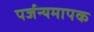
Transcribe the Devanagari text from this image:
पर्जन्यमापक